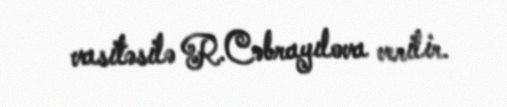
vasitəsilə R.Cəbrayılova verilir.